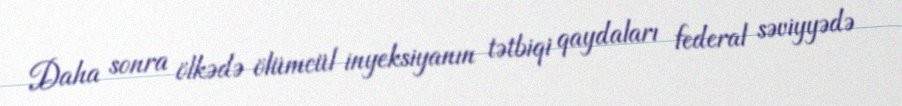
Daha sonra ölkədə ölümcül inyeksiyanın tətbiqi qaydaları federal səviyyədə